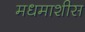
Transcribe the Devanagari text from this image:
मधमाशीस